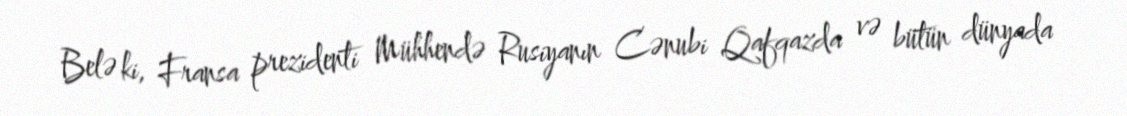
Belə ki, Fransa prezidenti Mühhendə Rusiyanın Cənubi Qafqazda və bütün dünyada